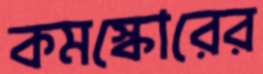
কমস্কোরের